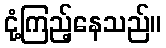
ငုံ့ကြည့်နေသည်။